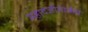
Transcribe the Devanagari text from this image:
महादजीमार्फत